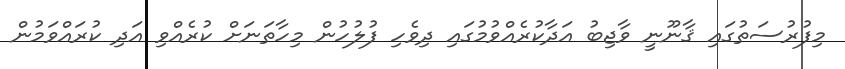
މިފުރުސަތުގައި ޤާނޫނީ ވާޖިބު އަދާކުރެއްވުމުގައި ދިވެހި ފުލުހުން މިހާތަނަށް ކުރެއްވި އަދި ކުރައްވަމުން